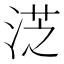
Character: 𣷸